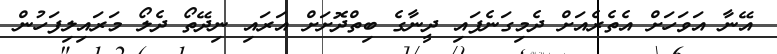
އޭނާ އަވަހަށް އެތެރެއަށް ދެމިގަނެފައި ދީނާގެ ބިތްދޮށަށް އަރައި ނިދޭތޯ ދެލޯ މަރައިލިފަހުން